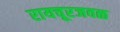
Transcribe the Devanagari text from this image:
रायचूरजवळ